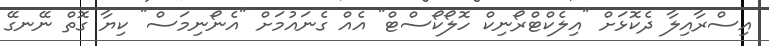
އިސްރާއިލާ ދެކޮޅަށް "އިލެކްޓްރޯނިކް ހޮލޯކޯސްޓް" އެއް ގެނައުމަށް "އެނޯނިމަސް" ކިޔާ ގޮތް ނޭނގޭ